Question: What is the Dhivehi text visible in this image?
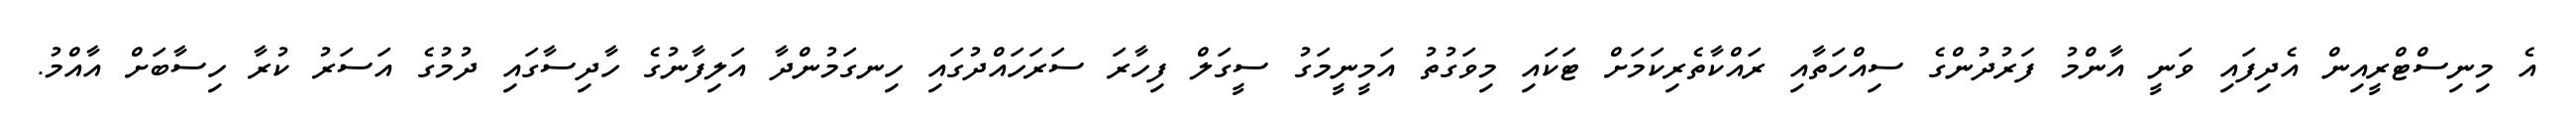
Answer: އެ މިނިސްޓްރީއިން އެދިފައި ވަނީ އާންމު ފަރުދުންގެ ސިއްހަތާއި ރައްކާތެރިކަމަށް ޓަކައި މިވަގުތު އަމީނީމަގު ސީގަލް ފިހާރަ ސަރަހައްދުގައި ހިނގަމުންދާ އަލިފާނުގެ ހާދިސާގައި ދުމުގެ އަސަރު ކުރާ ހިސާބަށް އާއްމު.